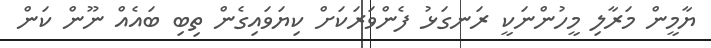
ޔާމީން މަރާލި މީހުންނަކީ ރަނގަޅު ފެންވަރަކަށް ކިޔަވައިގެން ތިބި ބައެއް ނޫން ކަން